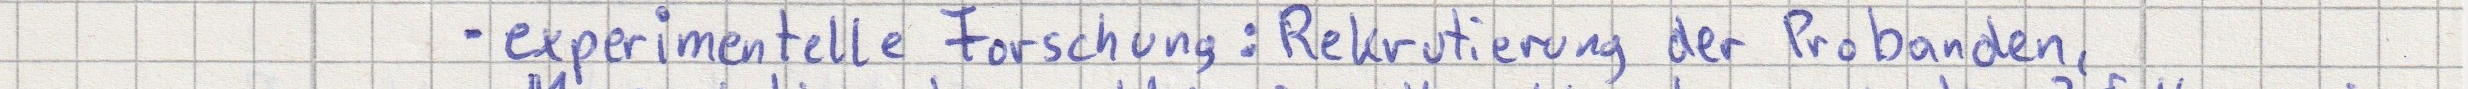
- experimentelle Forschung: Rekrutierung der Probanden